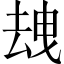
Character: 𱑦